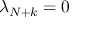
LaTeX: \lambda _ { N + k } = 0